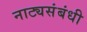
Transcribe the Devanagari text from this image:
नाट्यसंबंधी